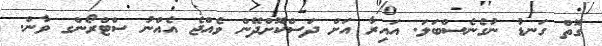
ގޮތް ގަނޑު ނުގެނެސްބަލަ. އައިރާ އަށް ދަސްކޮށްދޭން ވެއްޖެ އެއްނު ސްޓްރޯންގ ވާން.